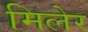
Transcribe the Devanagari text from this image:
मिलेर